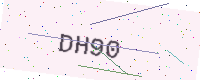
Text: DH90